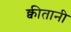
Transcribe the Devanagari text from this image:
क्वीतानी